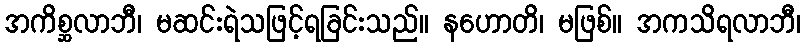
အကိစ္ဆလာဘီ၊ မဆင်းရဲသဖြင့်ရခြင်းသည်။ နဟောတိ၊ မဖြစ်။ အကသိရလာဘီ၊